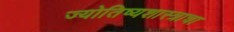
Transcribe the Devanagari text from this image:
ज्योतिष्यशास्त्राचा